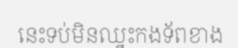
នេះទប់មិនឈ្នះកងទ័ពខាង